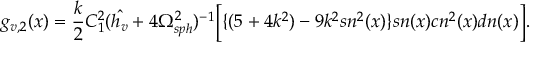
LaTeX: g _ { v , 2 } ( x ) = \frac { k } { 2 } C _ { 1 } ^ { 2 } ( { \hat { h _ { v } } } + 4 \Omega _ { s p h } ^ { 2 } ) ^ { - 1 } \bigg [ \{ ( 5 + 4 k ^ { 2 } ) - 9 k ^ { 2 } s n ^ { 2 } ( x ) \} s n ( x ) c n ^ { 2 } ( x ) d n ( x ) \bigg ] .